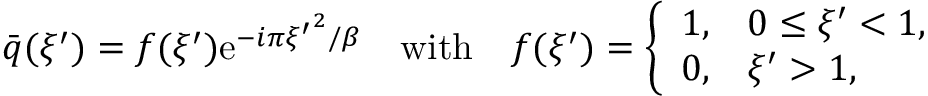
\bar { q } ( \xi ^ { \prime } ) = f ( \xi ^ { \prime } ) \mathrm { e } ^ { - i \pi { \xi ^ { \prime } } ^ { 2 } / \beta } \quad \mathrm { w i t h } \quad f ( \xi ^ { \prime } ) = \left\{ \begin{array} { l l } { 1 , } & { 0 \leq \xi ^ { \prime } < 1 , } \\ { 0 , } & { \xi ^ { \prime } > 1 , } \end{array} \right.